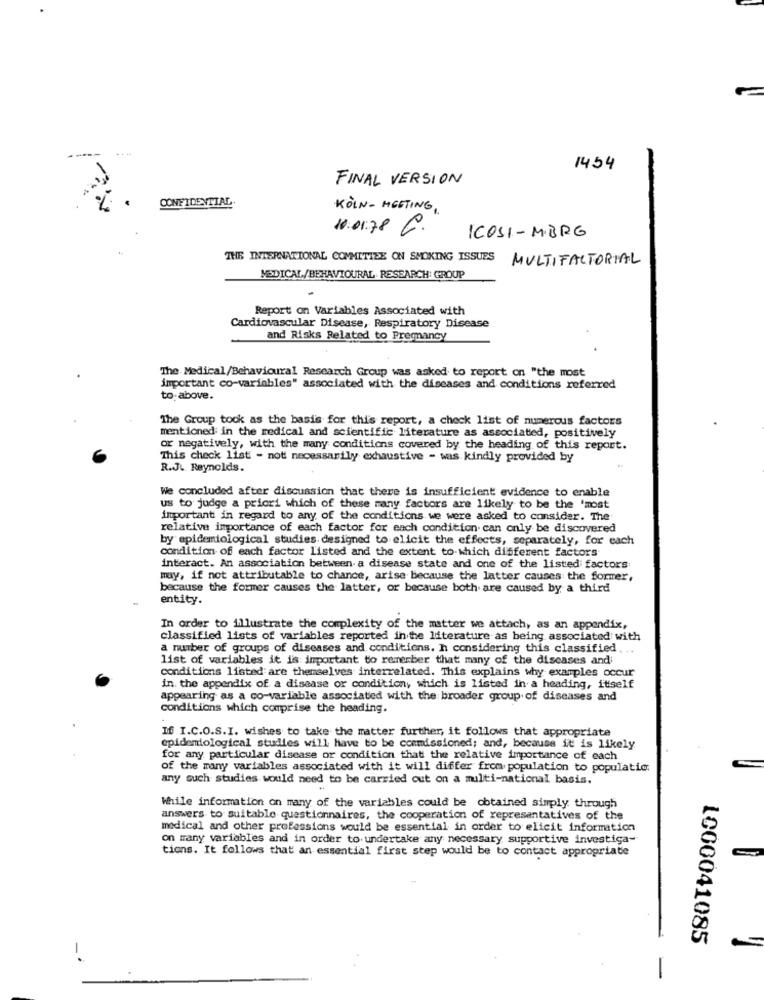
...
1454
FINAL VERSION
CONFIDENTIAL
KÖLN - MEETING ,
10.01.78 C.
ICOSI - MBRG
THE INTERNATIONAL COMMITTEE ON SMOKING ISSUES
MULTIFACTORIAL
MEDICAL/BEHAVIOURAL. RESEARCH: GROUP
Report on Variables Associated with
Cardiovascular Disease, Respiratory Disease
and Risks Related to Pregnancy
The Medical/Behavioural Research Group was asked to report on "the most
important co-variables" associated with the diseases and conditions referred
to: above.
The Group took as the basis for this report, a check list of numerous factors
mentioned in the medical and scientific literature as associated, positively
or negatively, with the many conditions covered by the heading of this report.
This check list - not necessarily exhaustive - was kindly provided by
R.J. Reynolds.
We concluded after discussion that there is insufficient evidence to enable
us to judge a priori which of these many factors are likely to be the 'most
important in regard to any of the conditions we were asked to consider. The
relative importance of each factor for each condition. can only be discovered
by epidemiological studies designed to elicit the effects, separately, for each
condition of each factor listed and the extent to which different factors-
interact. An association between. a disease state and one of the listed factors
may, if not attributable to chance, arise because the latter causes the former,
because the former causes the latter, or because both are caused by a third
entity.
In order to illustrate the complexity of the matter we attach, as an appendix,
classified lists of variables reported in the literature as being associated with
a number of groups of diseases and conditions. h considering this classified. ..
list of variables it is important to remember that many of the diseases and
conditions listed are themselves interrelated. This explains why examples occur
in the appendix of a disease or condition, which is listed in a heading, itself
appearing as a co-variable associated with the broader group of diseases and
conditions which comprise the heading.
If I.C.O.S.I. wishes to take the matter further, it follows that appropriate
epidemiological studies will have to be commissioned; and, because it is likely
for any particular disease or condition that the relative importance of each
of the many variables associated with it will differ from population to populatic.
any such studies would need to be carried out on a multi-national basis.
While information on many of the variables could be obtained simply through
answers to suitable questionnaires, the cooperation of representatives of the
medical and other professions would be essential in order to elicit information
on many variables and in order to undertake any necessary supportive investiga-
tions. It follows that an essential first step would be to contact appropriate
1000041085